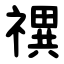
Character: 禩